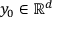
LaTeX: y _ { 0 } \in \mathbb { R } ^ { d }